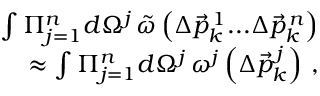
\begin{array} { r l r } & { } & { \int \Pi _ { j = 1 } ^ { n } d \Omega ^ { j } \, \tilde { \omega } \left( \Delta \vec { p } _ { k } ^ { \, 1 } . . . \Delta \vec { p } _ { k } ^ { \, n } \right) } \\ & { } & { \approx \int \Pi _ { j = 1 } ^ { n } d \Omega ^ { j } \, \omega ^ { j } \left( \Delta \vec { p } _ { k } ^ { \, j } \right) \, , } \end{array}